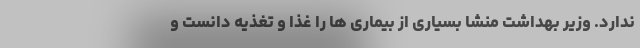
ندارد. وزیر بهداشت منشا بسیاری از بیماری ها را غذا و تغذیه دانست و